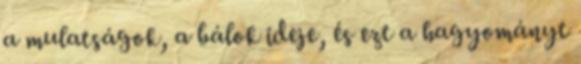
a mulatságok, a bálok ideje, és ezt a hagyományt